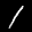
Label: 1